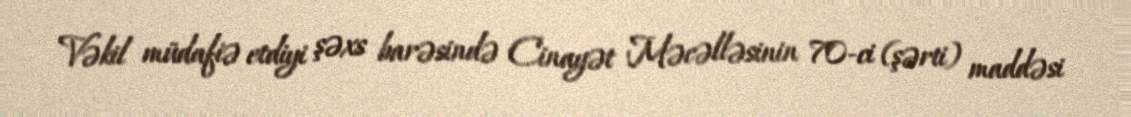
Vəkil müdafiə etdiyi şəxs barəsində Cinayət Məcəlləsinin 70-ci (şərti) maddəsi